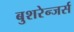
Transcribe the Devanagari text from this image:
बुशरेन्जर्स